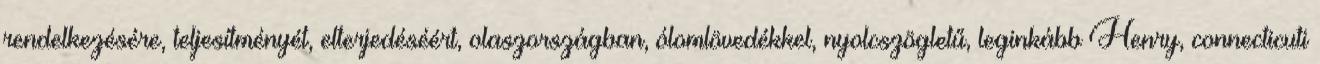
rendelkezésére, teljesítményét, elterjedéséért, olaszországban, ólomlövedékkel, nyolcszögletű, leginkább Henry, connecticuti